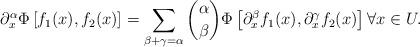
LaTeX: \begin{align*} \partial_x^\alpha \Phi\left[ f_1(x),f_2(x)\right] = \sum_{\beta+\gamma=\alpha} \binom{\alpha}{\beta} \Phi\left[\partial_x^\beta f_1(x), \partial_x^\gamma f_2(x)\right] \forall x\in U. \end{align*}